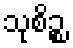
သုစိဉ္စ